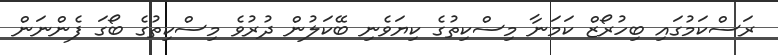
ރަސްކަމުގައި ބިހުރޯޒް ކަމަނާ މިސްކިތުގެ ކިޔަވެނި ބޭކަލުން ދުރުވެ މިސްކިތުގެ ބޯގަ ފެންނަން